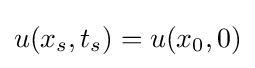
u(x_{s},t_{s})=u(x_{0},0)